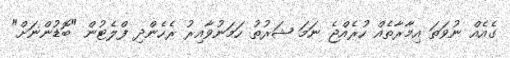
ގެއެއް ނުވަތަ އިމާރާތެއް ހުރެއްޖެ ނަމަ ޝަރުތު ހަމަނުވާއިރު ރެހެންދި ފްލެޓުން "ބޮޑުންނަށް"